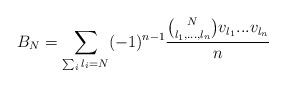
LaTeX: \begin{align*}B_N = \sum_{\sum_i l_i = N} (-1)^{n-1} \frac{\binom{N}{l_1, ... , l_n} v_{l_1} ... v_{l_n}}{n}\end{align*}